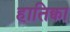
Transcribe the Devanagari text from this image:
हातिक्वा